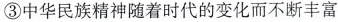
③中华民族精神随着时代的变化而不断丰富